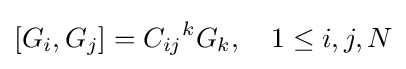
[G_{i},G_{j}]={C_{ij}}^{k}G_{k},\quad 1\leq i,j,N